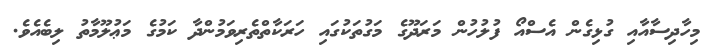
މިހާދިސާއާއި ގުޅިގެން އެސްއޯ ފުލުހުން މަރަދޫގެ މަގުތަކުގައި ހަރަކާތްތެރިވަމުންދާ ކަމުގެ މަޢުލޫމާތު ލިބެއެވެ.